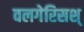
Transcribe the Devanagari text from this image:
वलगेरिसश्